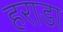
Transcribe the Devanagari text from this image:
हराडा